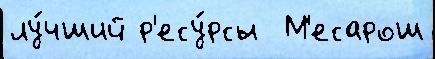
лу́чший р'есу́рсы  М'есарош